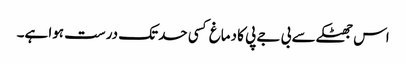
اس جھٹکے سے بی جے پی کا دماغ کسی حدتک درست ہوا ہے۔